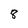
Character: 8